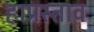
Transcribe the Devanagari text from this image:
हाप्रस्ताव